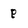
Character: p